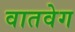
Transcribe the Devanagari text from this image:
वातवेग